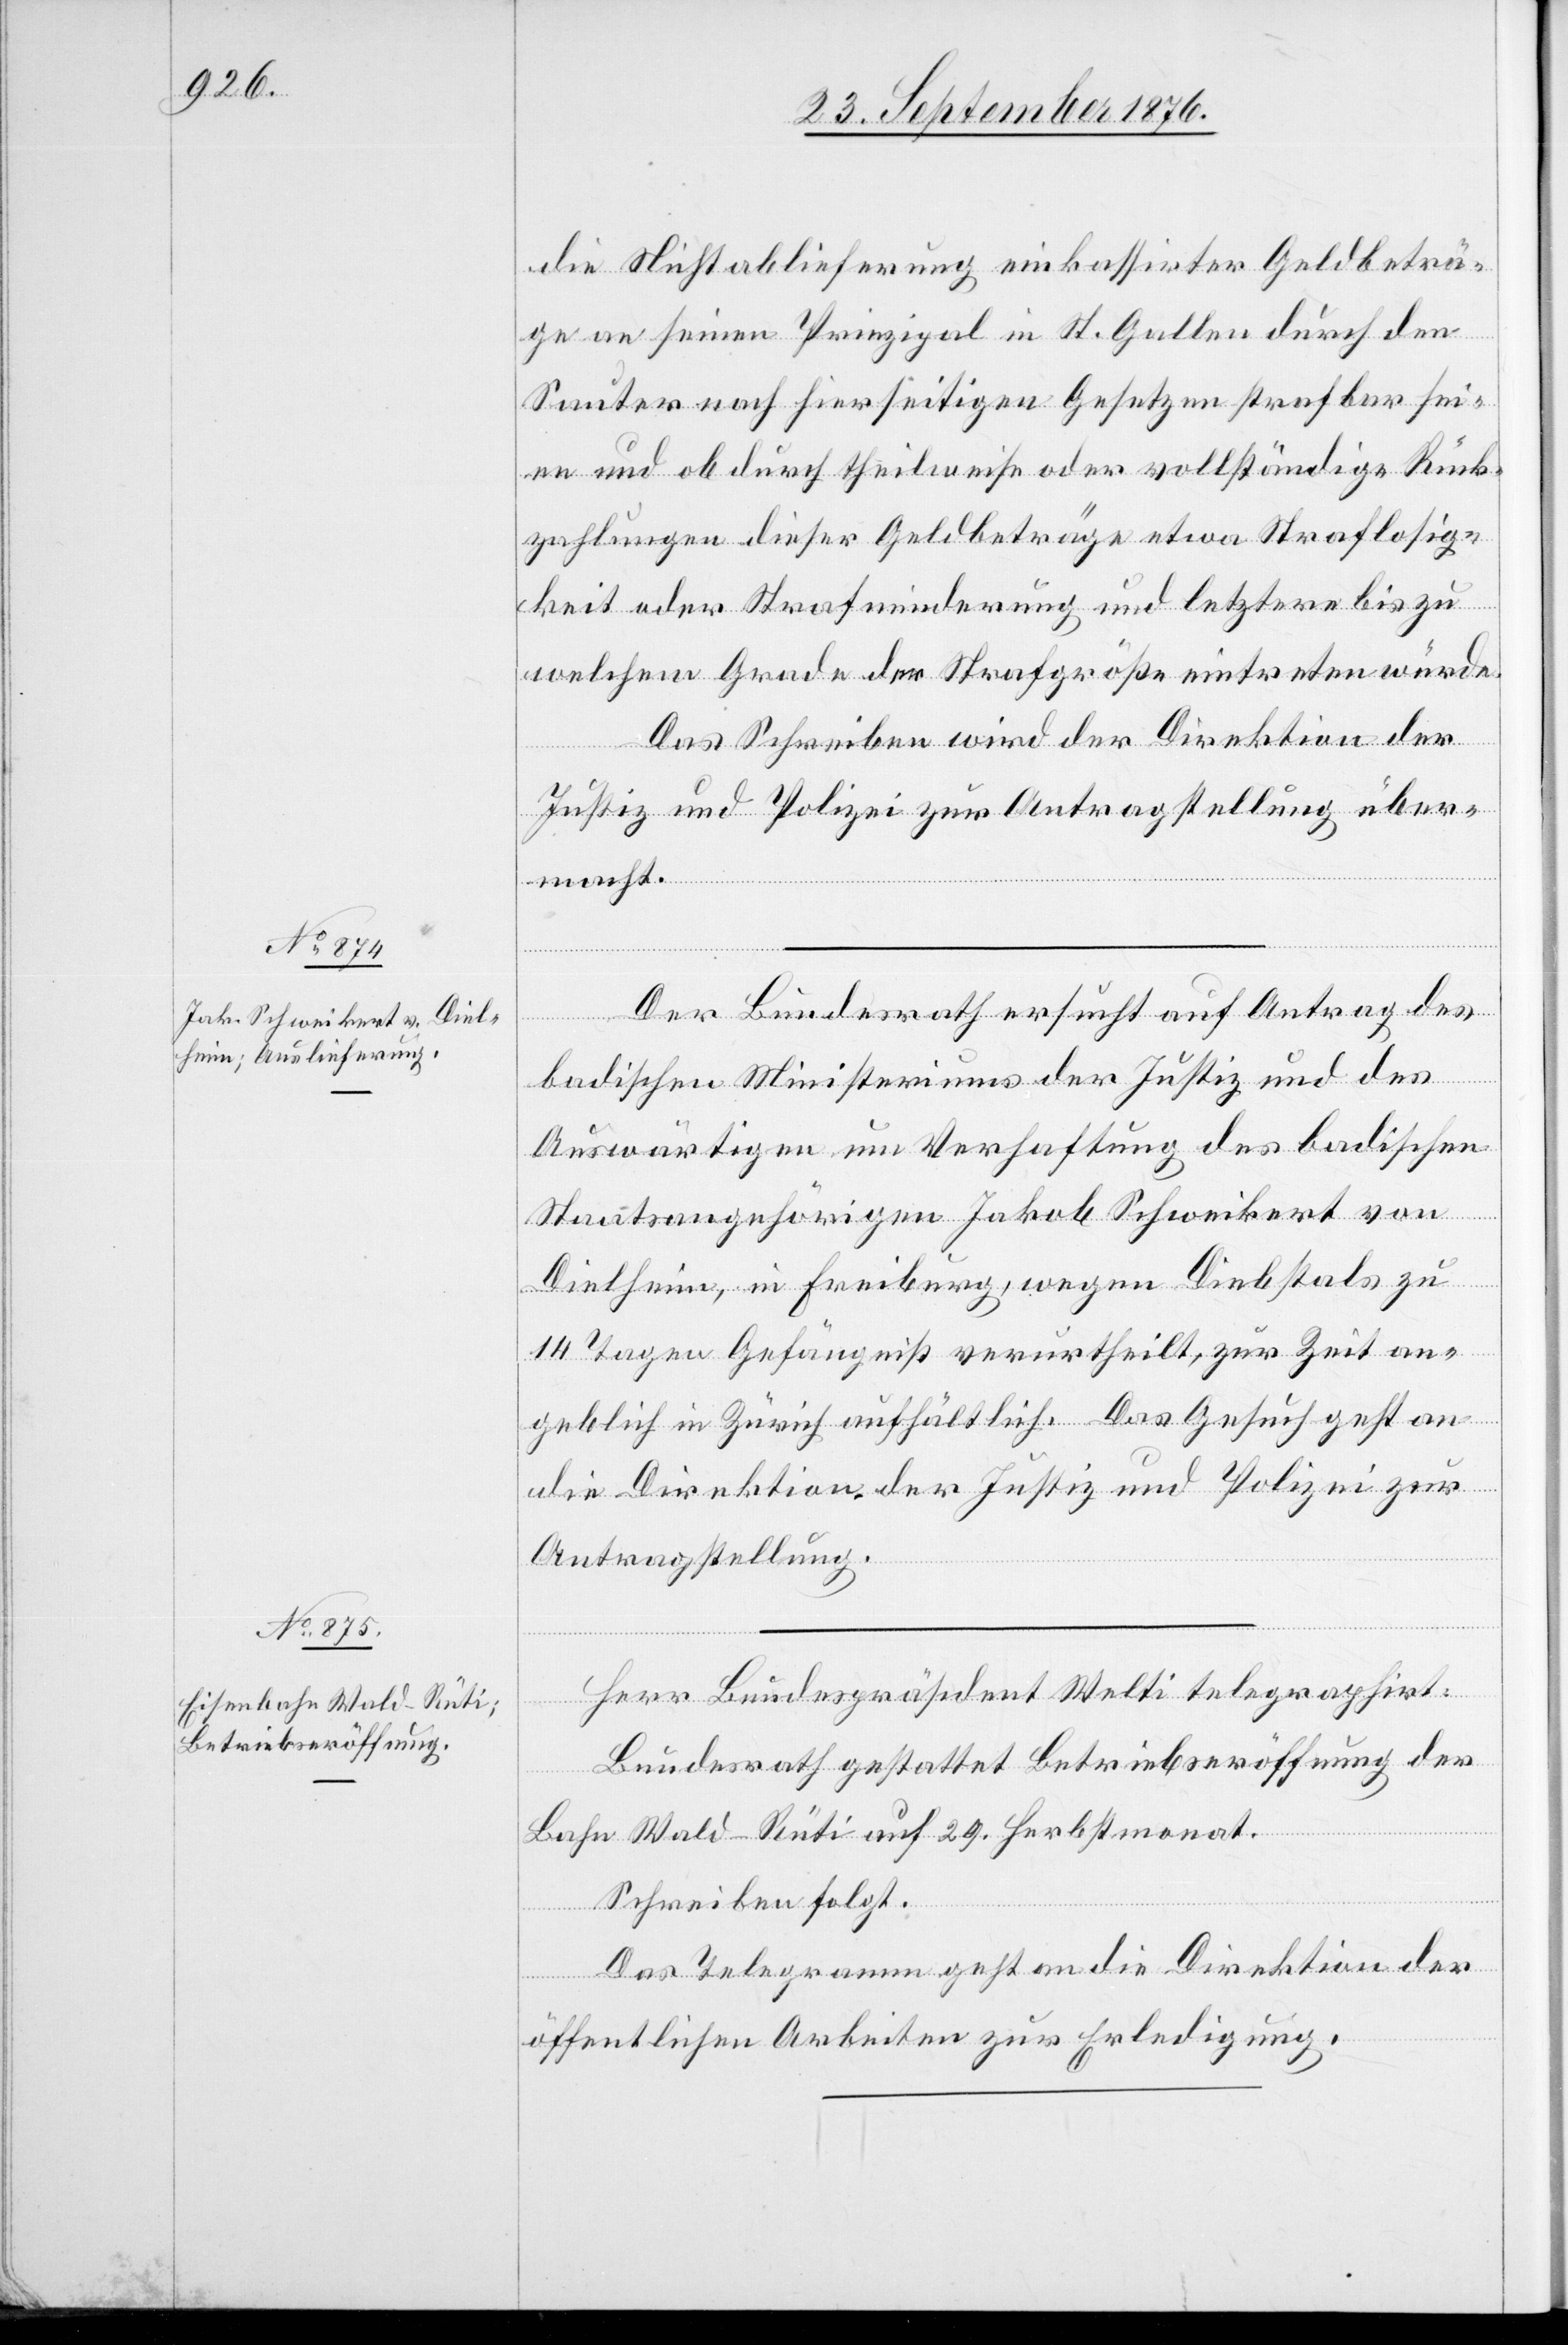
28. September 1876.]
die Nichtablieferung einkassirter Geldbeträ¬
ge an seinen Prinzipal in St. Gallen durch den
Sauter nach hierseitigen Gesetzen strafbar sei¬
en und ob durch theilweise oder vollständige Rück¬
zahlungen dieser Geldbeträge etwa Straflosig¬
keit oder Strafminderung und letztere bis zu
welchem Grade der Strafgröße eintreten würde.
Das Schreiben wird der Direktion der
Justiz und Polizei zur Antragstellung über¬
macht.
Der Bundesrath ersucht auf Antrag des
badischen Ministeriums der Justiz und des
Auswärtigen um Verhaftung des badischen
Staatsangehörigen Jakob Schweikert von
Dielheim, in Freiburg, wegen Diebstals zu
14 Tagen Gefängniß verurtheilt, zur Zeit an¬
geblich in Zürich aufhältlich. Das Gesuch geht an
die Direktion der Justiz und Polizei zur
Antragstellung.
Herr Bundespräsident Welti telegraphiert:
Bundesrath gestattet Betriebseröffnung der
Bahn Wald–Rüti auf 29. Herbstmonat.
Schreiben folgt:
Das Telegramm geht an die Direktion der
öffentlichen Arbeiten zur Erledigung.